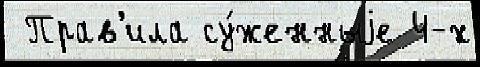
 Прав'ила су́женныjе 4-х